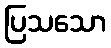
ပြသသော